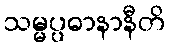
သမ္မပ္ပဓာနာနီတိ